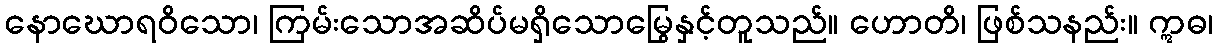
နောဃောရဝိသော၊ ကြမ်းသောအဆိပ်မရှိသောမြွေနှင့်တူသည်။ ဟောတိ၊ ဖြစ်သနည်း။ ဣဓ၊